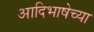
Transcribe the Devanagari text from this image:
आदिभाषेच्या